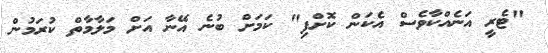
"ޓެރީ އަނެއްކާވެސް އެކަން ކޮށްފި" ކަމަށް ބުނެ އޭނާ އަށް މަލާމާތް ކުރަމުން